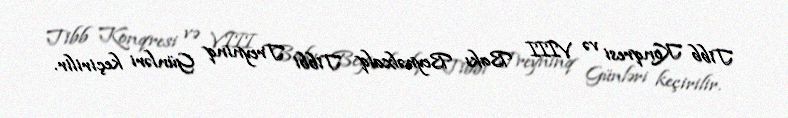
Tibb Konqresi və VIII Bakı Beynəlxalq Tibbi Treyninq Günləri keçirilir.